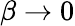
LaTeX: \beta\rightarrow 0